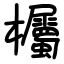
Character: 欘